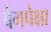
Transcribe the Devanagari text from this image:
वेगपेक्षा